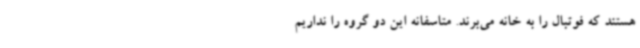
هستند که فوتبال را به خانه می‌برند. متاسفانه این دو گروه را نداریم